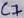
Text: C7